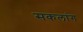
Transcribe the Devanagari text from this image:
सकलांग